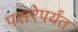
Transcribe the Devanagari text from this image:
पसरेपर्यंत